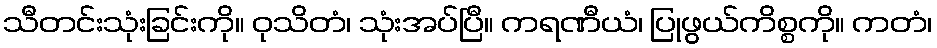
သီတင်းသုံးခြင်းကို။ ဝုသိတံ၊ သုံးအပ်ပြီ။ ကရဏီယံ၊ ပြုဖွယ်ကိစ္စကို။ ကတံ၊